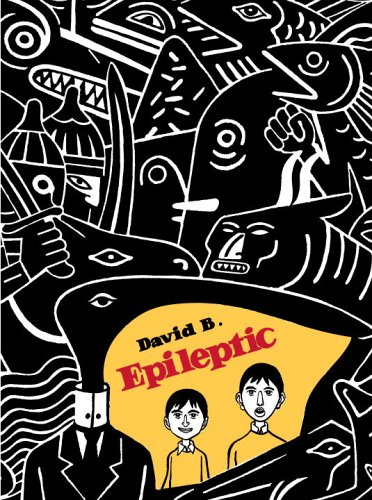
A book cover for Epileptic; David B.; Comics & Graphic Novels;